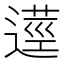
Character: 𨖑